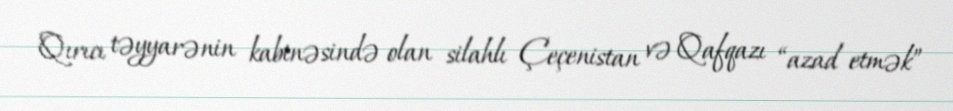
Qırıcı təyyarənin kabinəsində olan silahlı Çeçenistan və Qafqazı “azad etmək”